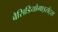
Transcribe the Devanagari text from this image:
बैसिडियोमाइसेट्स